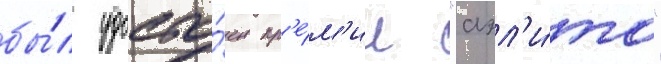
бы́л удосто́ен пр'е́м'ии "аэл'и́та"